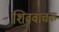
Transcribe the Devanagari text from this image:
शिववाचक